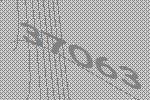
37063